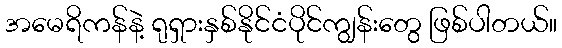
အမေရိကန်နဲ့ ရုရှားနှစ်နိုင်ငံပိုင်ကျွန်းတွေ ဖြစ်ပါတယ်။